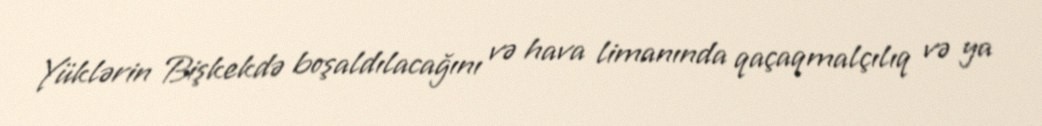
Yüklərin Bişkekdə boşaldılacağını və hava limanında qaçaqmalçılıq və ya